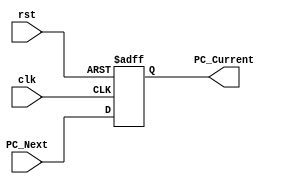
`timescale 1ns / 1ps

module ProgramCounterReg(clk,rst,PC_Next,PC_Current);
  input clk,rst;
  input [7:0] PC_Next;
  output reg [7:0] PC_Current;
  //reg [7:0]PCC;
  
  always @ (posedge clk or posedge rst)
  begin
    if (rst)
        PC_Current <= 8'b11111111;
    else
      PC_Current <= PC_Next;
  end
endmodule

module PCIncrement(PC_Current,in,branch,cond_satisfy,Branch_Target,PC_Next);
  input [7:0] PC_Current;
  input [7:0] Branch_Target;
  input [1:0]in;
  input branch;  // branch = 1 if branch instruction, fetch next instruction from branch target if in ==3 & branch ==1
  input cond_satisfy;
  output [7:0] PC_Next; // if branch instruction then next PC == PC+1+branch target
  assign PC_Next = ((branch === 1'b1) && (in===2'b11) && (cond_satisfy===1'b1)) ? Branch_Target : PC_Current + 1 ; //Branch Target offset should be less than 127 (becuase of 128b Instruction memory)
endmodule